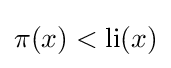
\pi (x)<\operatorname {li} (x)